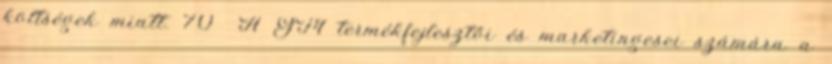
költségek miatt. 70 A GM termékfejlesztői és marketingesei számára a